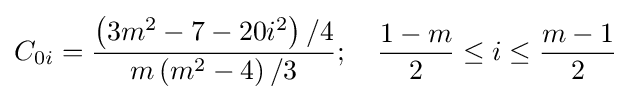
C_{0i}={\frac {\left({3m^{2}-7-20i^{2}}\right)/4}{m\left({m^{2}-4}\right)/3}};\quad {\frac {1-m}{2}}\leq i\leq {\frac {m-1}{2}}